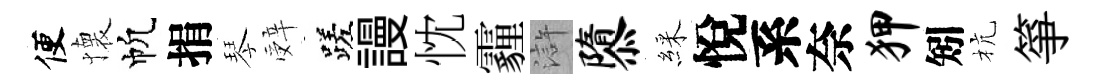
便懐帆捐琴辤蹉謾忱霾滸隳綵悅系奈狎矧杭箏